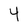
Character: 4